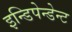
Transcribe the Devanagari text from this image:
इन्डिपेन्डेन्ट